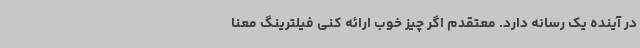
در آینده یک رسانه دارد. معتقدم اگر چیز خوب ارائه کنی فیلترینگ معنا